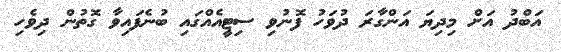
އަބްދު އަށް މިދިޔަ އަންގާރަ ދުވަހު ފޮނުވި ސިޓީއެއްގައި ބުނެފައިވާ ގޮތުން ދިވެހި